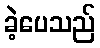
ခဲ့ပေသည်